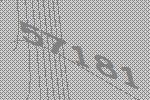
57181